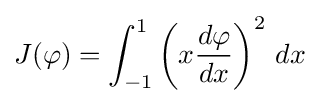
J(\varphi )=\int _{-1}^{1}\left(x{\frac {d\varphi }{dx}}\right)^{2}\,dx